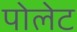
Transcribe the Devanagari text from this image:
पोलेट